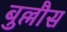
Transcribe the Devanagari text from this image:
बुल्लौस